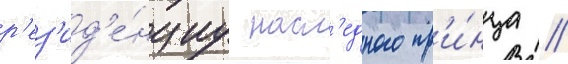
р'ез'ид'е́нциу насл'едного пр'и́нца //